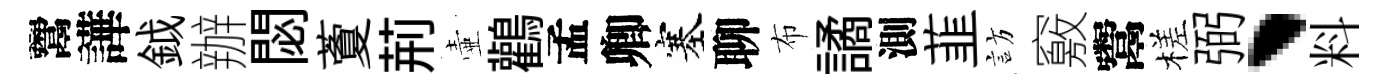
鬻譁鉞辦閟藑荊壷鸛孟卿塞聊布譎測韮訪竅鬻槎弼、料